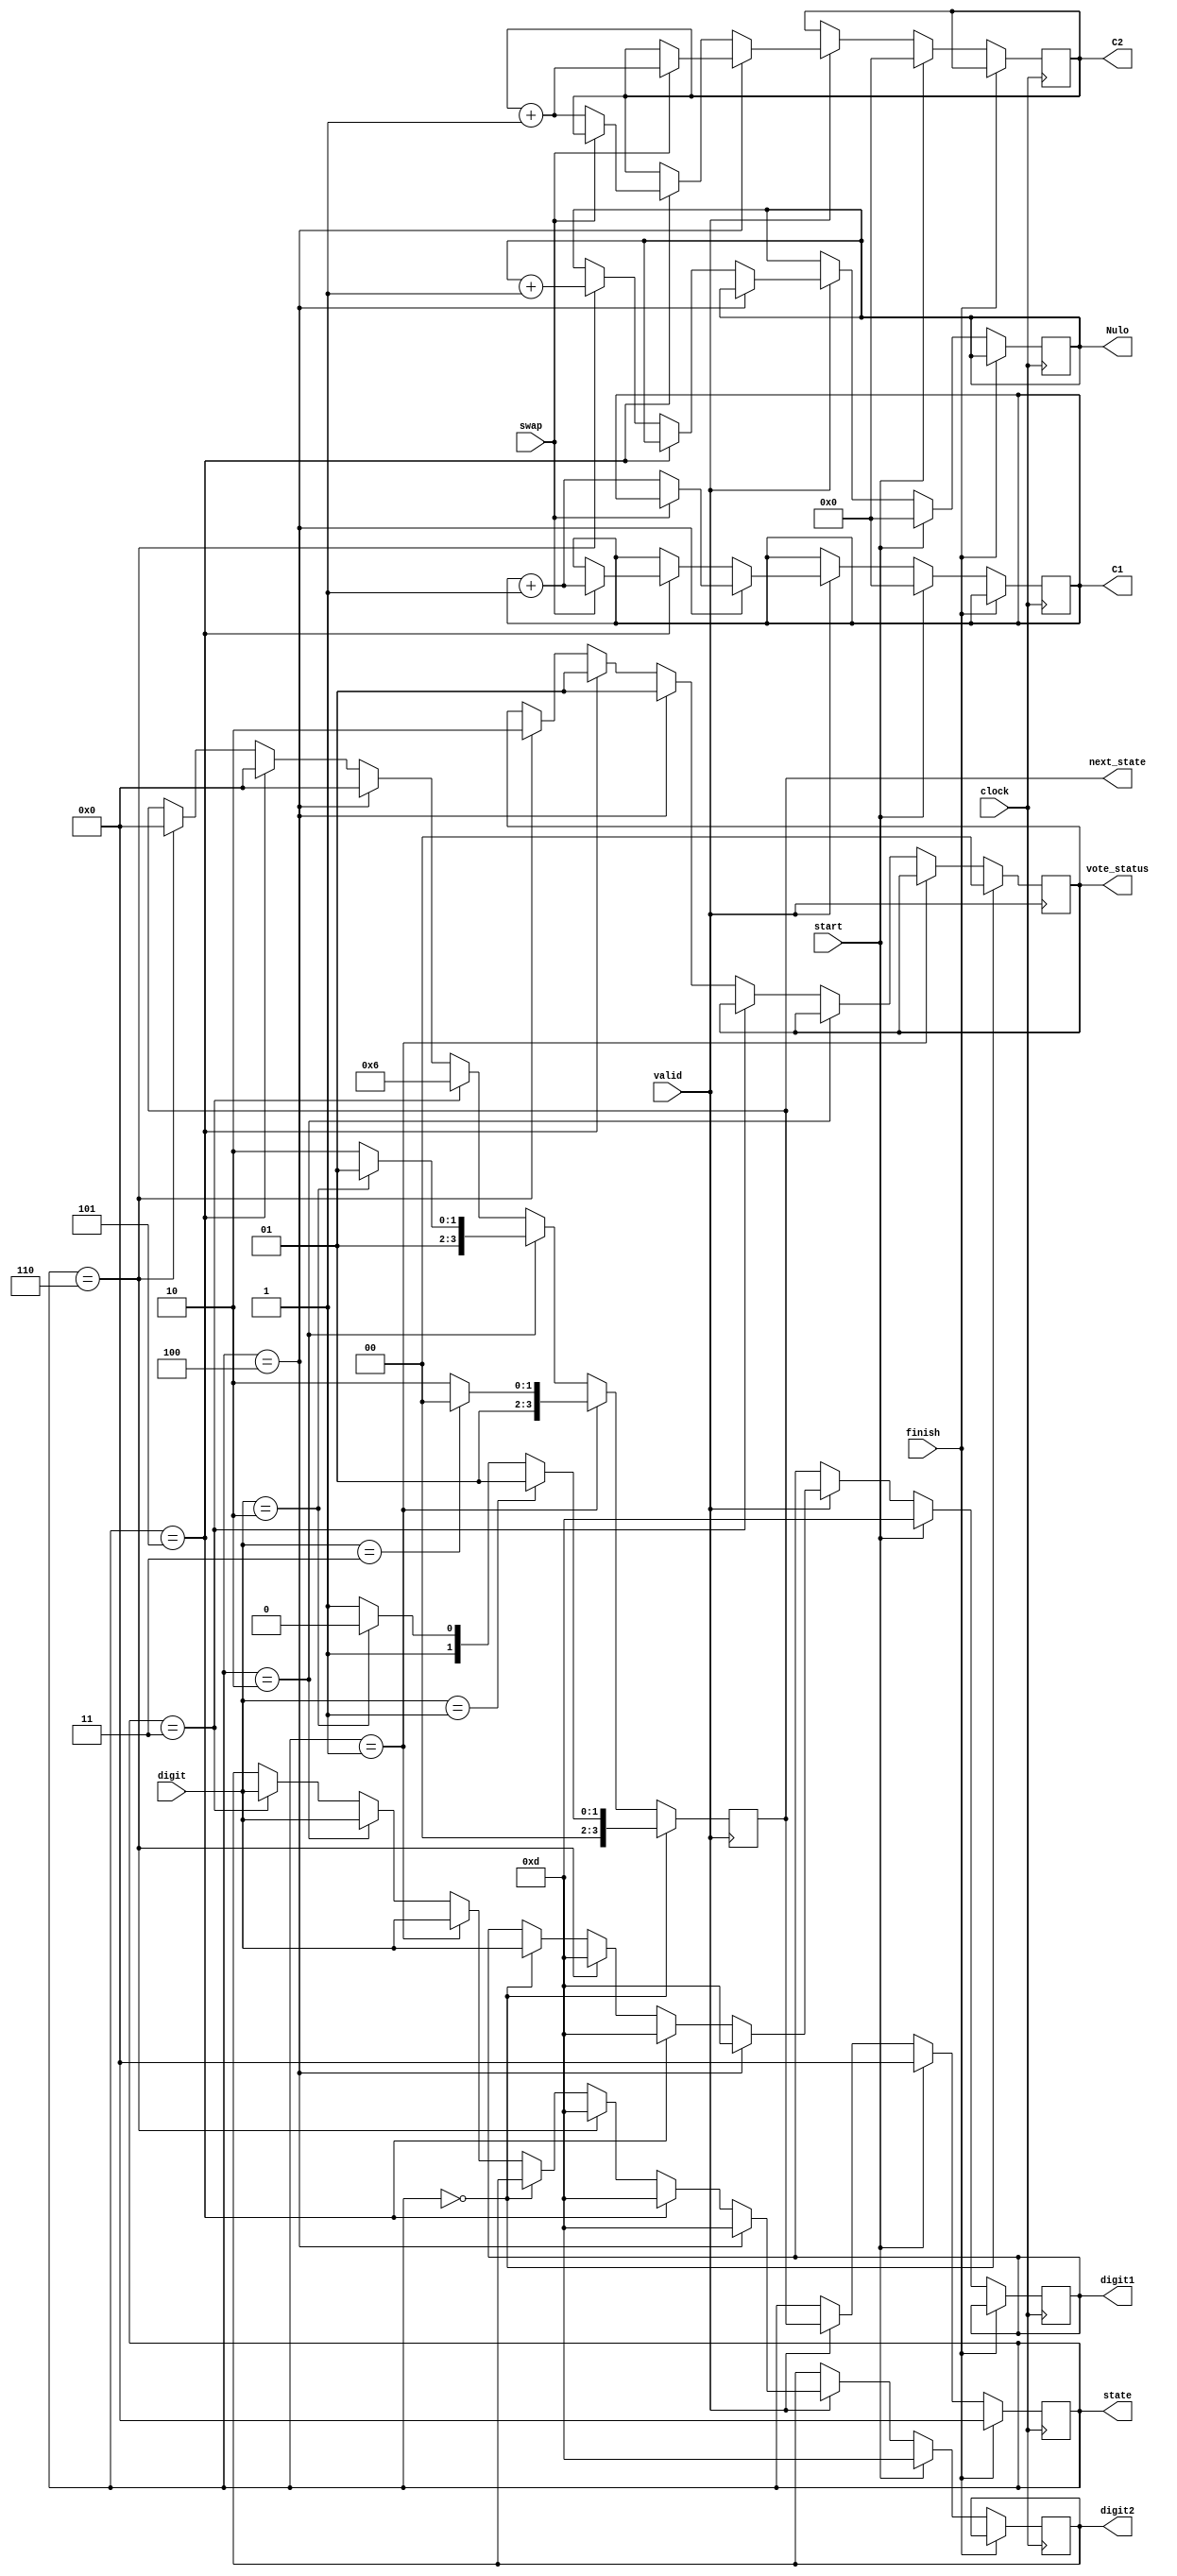
module test(clock, digit, valid, start, state, next_state, finish, swap, digit1, digit2, vote_status, C1, C2, Nulo);

	input wire clock;
	
	input wire [3:0] digit;
	
	input wire valid;
	input wire start;
	input wire finish;
	input wire swap;
	
	output reg [3:0] digit1;
	output reg [3:0] digit2;
	
	output reg [1:0] vote_status;
	output reg [3:0] state;
	output reg [3:0] next_state;
	
	output reg [7:0] C1;
	output reg [7:0] C2;
	output reg [7:0] Nulo;
	 
	parameter S0 = 0; //Inicio do voto;
	parameter S1 = 1; //Entrada 1;
	parameter S2 = 2; //Entrada 2;
	parameter S3 = 3; //Entrada !1 e !2;
	parameter S4 = 4; //Entrada 3 apos S1 // voto valido
	parameter S5 = 5;// Entrada 2 apos S2 // voto valido
	parameter S6 = 6; // voto nulo
	
	always @(posedge clock)begin
	if(finish) state = S0;
	else if(start) 
	begin
		digit1 = 4'b1101;
		digit2 = 4'b1101;
		state = S0;
		C1 = 7'b0000000;
		C2 = 7'b0000000;
		Nulo = 7'b0000000;
	end
	else if(valid) 
	begin
		if(state == S0) digit1 = digit;
		else if(state == S1) digit2 = digit;
		else if(state == S2) digit2 = digit;
		else if(state == S3) digit2 = digit;
		if(state == S4) 
		begin
			digit1 = 4'b1101;
			digit2 = 4'b1101;
			if(swap) C2 <= C2 + 7'b0000001;
			else C1 <= C1 + 7'b0000001;
		end
		else if(state == S5) 
		begin
			digit1 = 4'b1101;
			digit2 = 4'b1101;
			if(swap) C1 <= C1 + 7'b0000001;
			else C2 <= C2 + 7'b0000001;
		end
		else if(state == S6) 
		begin
			digit1 = 4'b1101;
			digit2 = 4'b1101;
			Nulo <= Nulo + 7'b0000001;
		end
		state = next_state;
	end
end

always @(posedge valid)begin
	if(state == S0)
	begin
		vote_status = 2'b00;
		if(digit == 4'b0001) next_state = S1;
		else if (digit == 4'b0010) next_state = S2;
		else next_state = S3;
	end
	
	else if(state == S1)
	begin
		if(digit == 4'b0011) next_state = S4;
		else next_state = S6;
	end
	
	else if(state == S2)
	begin
		if(digit == 4'b0010) next_state = S5;
		else next_state = S6;
	end
	
	else if(state == S3)
	begin
		next_state = S6;
	end
	
	else if(state == S4)
	begin 
		vote_status = 2'b01;
		next_state = S0;
	end	
	else if(state == S5)
	begin
		vote_status = 2'b01;
		next_state = S0;
	end
	else if(state == S6)
	begin
		vote_status = 2'b10;
		next_state = S0;
	end

end


endmodule